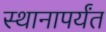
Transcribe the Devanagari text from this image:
स्थानापर्यंत